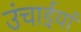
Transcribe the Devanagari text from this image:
उंचाईयां